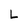
Character: L